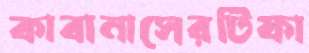
কাবানাসেরটিফা